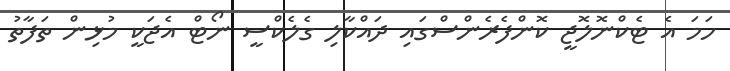
ހަމަ އެ ޓެކްނޮލޮޖީ ކޮންފެރެންސްގައި ދައްކާލި ގެލެކްސީ ނޯޓް އެޖަކީ މުޅިން ތަފާތު